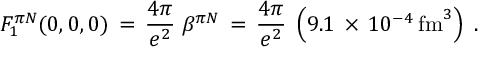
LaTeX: F _ { 1 } ^ { \pi N } ( 0 , 0 , 0 ) \, = \, { \frac { 4 \pi } { e ^ { 2 } } } \; \beta ^ { \pi N } \, = \, { \frac { 4 \pi } { e ^ { 2 } } } \; \left( 9 . 1 \, \times \, 1 0 ^ { - 4 } \, \mathrm { f m } ^ { 3 } \right) \; .